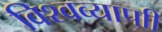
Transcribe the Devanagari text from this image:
विश्वव्यापाी